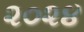
૨૦૨૪